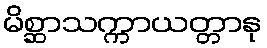
မိစ္ဆာသက္ကာယတ္တာနု